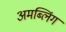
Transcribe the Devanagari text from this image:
अमब्लिंग